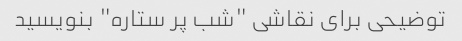
توضیحی برای نقاشی "شب پر ستاره" بنویسید